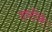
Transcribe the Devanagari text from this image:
दष्‍टीने